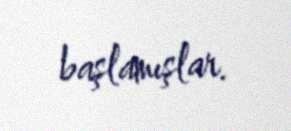
başlamışlar.